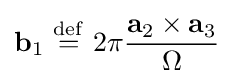
\mathbf {b} _{1}\ {\stackrel {\mathrm {def} }{=}}\ 2\pi {\frac {\mathbf {a} _{2}\times \mathbf {a} _{3}}{\Omega }}